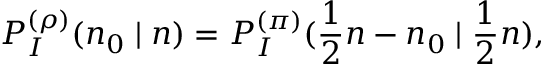
P _ { I } ^ { ( \rho ) } ( n _ { 0 } \mid n ) = P _ { I } ^ { ( \pi ) } ( \frac { 1 } { 2 } n - n _ { 0 } \mid \frac { 1 } { 2 } n ) ,